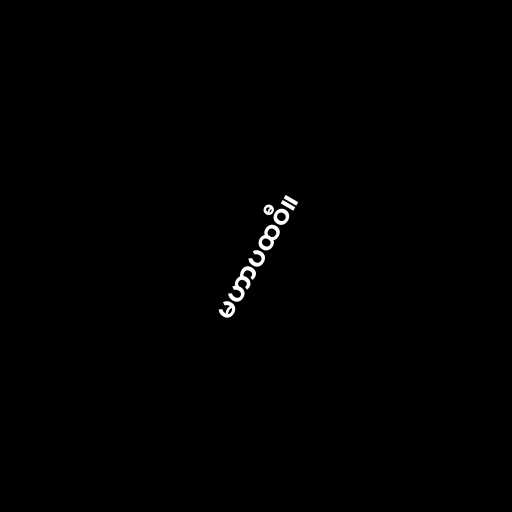
မဟာပထဝီ။